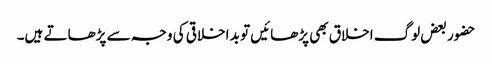
حضور بعض لوگ اخلاق بھی پڑھائیں تو بد اخلاقی کی وجہ سے پڑھاتے ہیں۔